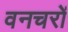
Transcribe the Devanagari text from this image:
वनचरों